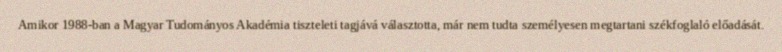
Amikor 1988-ban a Magyar Tudományos Akadémia tiszteleti tagjává választotta, már nem tudta személyesen megtartani székfoglaló előadását.